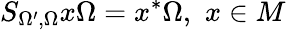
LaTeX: S_{\Omega^{\prime},\Omega}x\Omega=x^{*}\Omega,\, \, x\in M